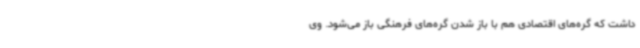
داشت که گره‌های اقتصادی هم با باز شدن گره‌های فرهنگی باز می‌شود. وی